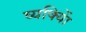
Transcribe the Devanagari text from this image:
व्यक्याेिं